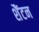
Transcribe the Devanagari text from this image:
शैंटन